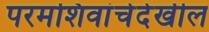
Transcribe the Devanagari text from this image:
परमशिवांचेदेखील